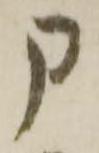
申